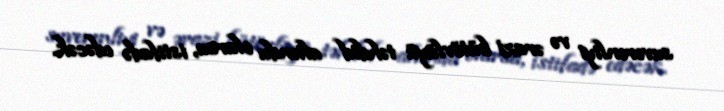
suverenliyi və ərazi bütövlüyü təhdid altında olarsa, istifadə edəcək.